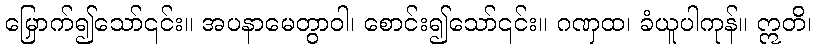
မြှောက်၍သော်၎င်း။ အပနာမေတွာဝါ၊ စောင်း၍သော်၎င်း။ ဂဏှထ၊ ခံယူပါကုန်။ ဣတိ၊